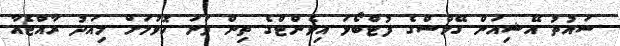
ސައުތު އޭޝިއަން ގޭމްސްގެ ފުޓްބޯޅަ އިވެންޓްގެ ތިން ވަނަ ހޮވުމަށް މިއަދު ރާއްޖެއާ